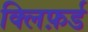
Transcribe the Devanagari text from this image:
क्लिफ़र्ड